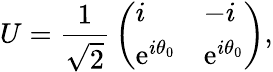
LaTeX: U={\frac{1}{\sqrt{2}}}\left(\begin{array}{ll}{{i}}&{{-i}}\\ {{\mathrm{e}^{i\theta_{0}}}}&{{\mathrm{e}^{i\theta_{0}}}}\end{array}\right),